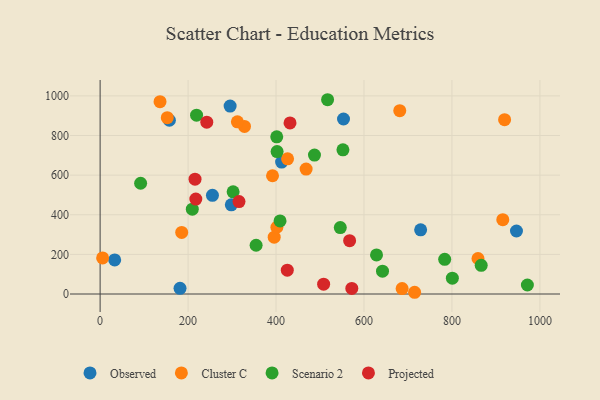
{"axis": {"x": "Ad Spend", "y": "Salary"}, "legend": ["Cluster C", "Observed", "Projected", "Scenario 2"], "data": [{"x": "181.7", "y": 28.6, "type": "Observed"}, {"x": "33.1", "y": 171.9, "type": "Observed"}, {"x": "412.7", "y": 665.9, "type": "Observed"}, {"x": "946.7", "y": 317.9, "type": "Observed"}, {"x": "255.4", "y": 498.3, "type": "Observed"}, {"x": "295.6", "y": 948.4, "type": "Observed"}, {"x": "553.4", "y": 883.3, "type": "Observed"}, {"x": "298.3", "y": 450.2, "type": "Observed"}, {"x": "728.8", "y": 323.8, "type": "Observed"}, {"x": "157.5", "y": 876.9, "type": "Observed"}, {"x": "715.1", "y": 8.7, "type": "Cluster C"}, {"x": "859.2", "y": 179.1, "type": "Cluster C"}, {"x": "328.3", "y": 845.9, "type": "Cluster C"}, {"x": "686.7", "y": 27.4, "type": "Cluster C"}, {"x": "915.6", "y": 374.9, "type": "Cluster C"}, {"x": "468.4", "y": 630.4, "type": "Cluster C"}, {"x": "136.2", "y": 970.9, "type": "Cluster C"}, {"x": "426.2", "y": 682.2, "type": "Cluster C"}, {"x": "395.8", "y": 287.0, "type": "Cluster C"}, {"x": "185.5", "y": 310.6, "type": "Cluster C"}, {"x": "312.1", "y": 869.1, "type": "Cluster C"}, {"x": "5.7", "y": 182.3, "type": "Cluster C"}, {"x": "392.0", "y": 596.8, "type": "Cluster C"}, {"x": "152.7", "y": 890.0, "type": "Cluster C"}, {"x": "401.9", "y": 336.9, "type": "Cluster C"}, {"x": "919.7", "y": 880.0, "type": "Cluster C"}, {"x": "681.3", "y": 925.1, "type": "Cluster C"}, {"x": "971.5", "y": 45.3, "type": "Scenario 2"}, {"x": "354.7", "y": 246.1, "type": "Scenario 2"}, {"x": "209.6", "y": 428.2, "type": "Scenario 2"}, {"x": "92.1", "y": 558.9, "type": "Scenario 2"}, {"x": "552.1", "y": 727.7, "type": "Scenario 2"}, {"x": "800.9", "y": 80.0, "type": "Scenario 2"}, {"x": "409.1", "y": 368.7, "type": "Scenario 2"}, {"x": "866.5", "y": 144.5, "type": "Scenario 2"}, {"x": "628.5", "y": 197.0, "type": "Scenario 2"}, {"x": "401.6", "y": 793.1, "type": "Scenario 2"}, {"x": "487.4", "y": 701.4, "type": "Scenario 2"}, {"x": "402.4", "y": 718.7, "type": "Scenario 2"}, {"x": "546.1", "y": 335.5, "type": "Scenario 2"}, {"x": "642.1", "y": 115.4, "type": "Scenario 2"}, {"x": "219.3", "y": 902.4, "type": "Scenario 2"}, {"x": "783.5", "y": 175.0, "type": "Scenario 2"}, {"x": "302.4", "y": 515.7, "type": "Scenario 2"}, {"x": "517.2", "y": 980.6, "type": "Scenario 2"}, {"x": "431.8", "y": 863.7, "type": "Projected"}, {"x": "508.2", "y": 49.4, "type": "Projected"}, {"x": "572.3", "y": 28.3, "type": "Projected"}, {"x": "425.6", "y": 120.5, "type": "Projected"}, {"x": "315.8", "y": 466.6, "type": "Projected"}, {"x": "217.6", "y": 479.2, "type": "Projected"}, {"x": "567.3", "y": 269.3, "type": "Projected"}, {"x": "242.5", "y": 867.1, "type": "Projected"}, {"x": "215.8", "y": 579.6, "type": "Projected"}]}